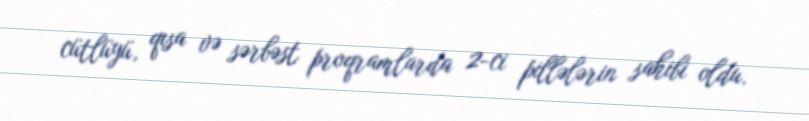
cütlüyü, qısa və sərbəst proqramlarda 2-ci pillələrin sahibi oldu.